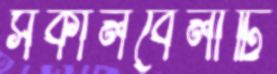
সকালবেলাটি